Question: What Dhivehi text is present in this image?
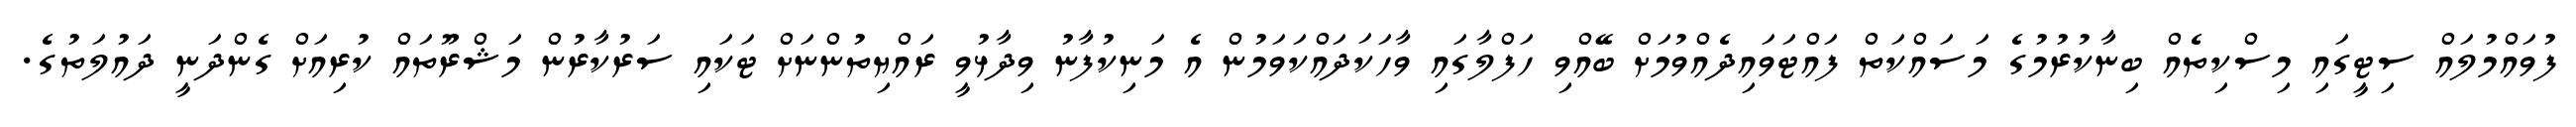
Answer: ފުވައްމުލައް ސިޓީގައި މިސްކިތެއް ބިނާކުރުމުގެ މަސައްކަތް ފައްޓަވައިދެއްވުމަށް ބޭއްވި ހަފްލާގައި ވާހަކަދައްކަވަމުން އެ މަނިކުފާނު ވިދާޅުވީ ރައްޔިތުންނަށް ޓަކައި ސަރުކާރުން މަޝްރޫތައް ކުރިއަށް ގެންދަނީ ދައުލަތުގެ.